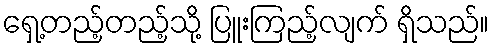
ရှေ့တည့်တည့်သို့ ပြူးကြည့်လျက် ရှိသည်။